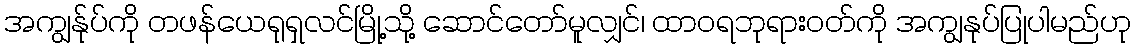
အကျွန်ုပ်ကို တဖန်ယေရုရှလင်မြို့သို့ ဆောင်တော်မူလျှင်၊ ထာဝရဘုရားဝတ်ကို အကျွနုပ်ပြုပါမည်ဟု